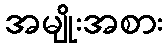
အမျိုးအစား